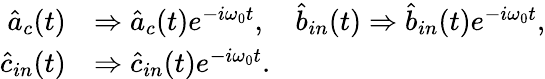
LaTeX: \begin{array}{rl}{\hat{a}_{c}(t)}&{\Rightarrow\hat{a}_{c}(t)e^{-i\omega_{0}t},\quad\hat{b}_{in}(t)\Rightarrow\hat{b}_{in}(t)e^{-i\omega_{0}t},}\\ {\hat{c}_{in}(t)}&{\Rightarrow\hat{c}_{in}(t)e^{-i\omega_{0}t}.}\end{array}